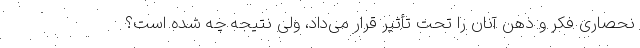
نحصاری فکر و ذهن آنان را تحت تأثیر قرار می‌داد، ولی نتیجه چه شده است؟